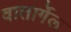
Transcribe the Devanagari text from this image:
वातार्गेल